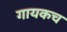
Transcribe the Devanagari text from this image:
गायकच